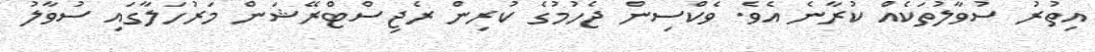
އިތުރު ސުވާލުތަކެއް ކުރާނެ އެވެ. ވެކްސިން ޖެހުމުގެ ކުރިން ރެޖިސްޓްރޭޝަން މަރުހަލާގައި ސުވާލު